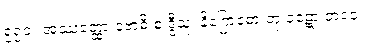
၅၅၁။ အဿတ္ထော ဗောဓိ စ ဒွီသု၊ နိဂြောဓော တု ဝဋော ဘဝေ။